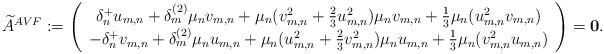
LaTeX: \begin{align*}\widetilde{A}^{AVF}:=\left(\begin{array}{c}\delta_n^+u_{m,n}+\delta_m^{(2)}\mu_nv_{m,n}+\mu_n(v_{m,n}^2+\frac{2}3u_{m,n}^2)\mu_nv_{m,n}+\frac{1}3\mu_n(u_{m,n}^2v_{m,n})\\-\delta_n^+v_{m,n}+\delta_m^{(2)}\mu_nu_{m,n}+\mu_n(u_{m,n}^2+\frac{2}3v_{m,n}^2)\mu_nu_{m,n}+\frac{1}3\mu_n(v_{m,n}^2u_{m,n})\end{array}\right)=\mathbf{0}.\end{align*}